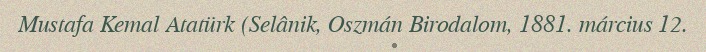
Mustafa Kemal Atatürk (Selânik, Oszmán Birodalom, 1881. március 12.